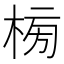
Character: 㮄